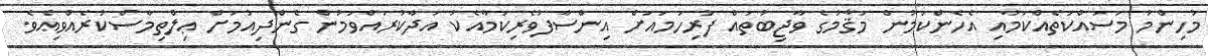
މުހިންމު މަސައްކަތެއްކަމާއި އެހެންކަމުން މަޤާމުގެ ވާޖިބުތައް ފުރިހަމައަށް އިންސާފުވެރިކަމާއެކު އަދާކުރައްވަމުން ގެންދިއުމަށް ޢިލްތިމާސްކުރެއްވިއެވެ.